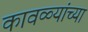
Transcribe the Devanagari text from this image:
कावळ्यांच्या